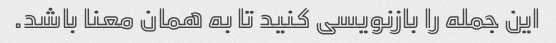
این جمله را بازنویسی کنید تا به همان معنا باشد.